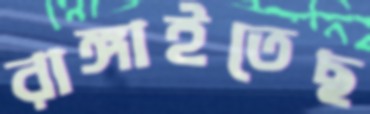
রাঙ্গাইতেছ